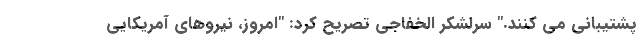
پشتیبانی می کنند." سرلشکر الخفاجی تصریح کرد: "امروز، نیروهای آمریکایی